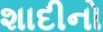
શાદીનો